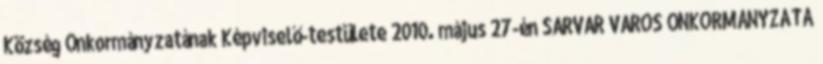
Község Önkormányzatának Képviselő-testülete 2010. május 27-én SÁRVÁR VÁROS ÖNKORMÁNYZATA